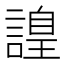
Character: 𧫍